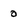
Character: 0